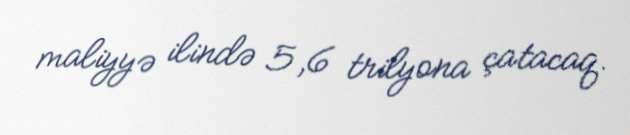
maliyyə ilində 5,6 trilyona çatacaq.